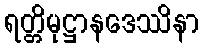
ရတ္တိမုဋ္ဌာနဒေဿိနာ